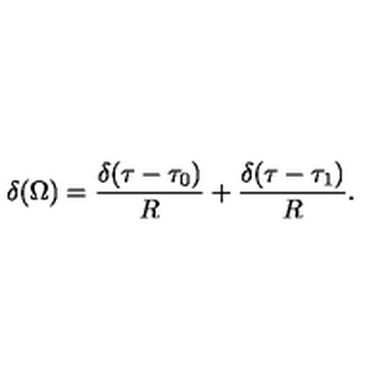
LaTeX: \delta ( \Omega ) = { \frac { \delta ( \tau - \tau _ { 0 } ) } { R } } + { \frac { \delta ( \tau - \tau _ { 1 } ) } { R } } .